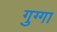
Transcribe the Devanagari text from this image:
गुग्गा